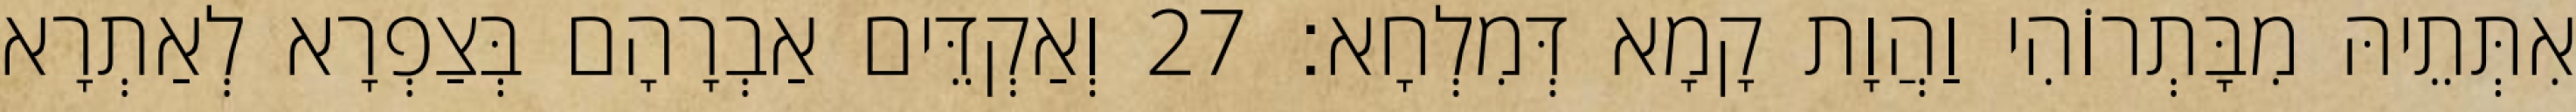
אִתְּתֵיהּ מִבָּתְרוֹהִי וַהֲוָת קָמָא דְּמִלְחָא׃ 27 וְאַקְדֵּים אַבְרָהָם בְּצַפְרָא לְאַתְרָא